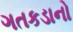
ગતકડાનો